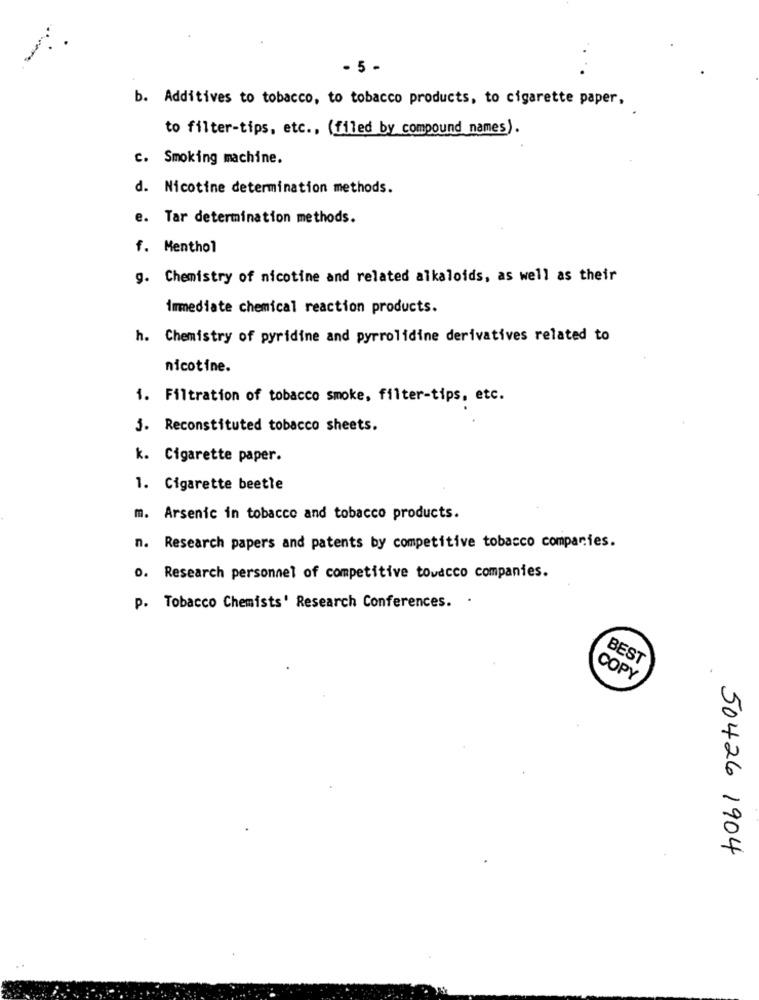
- 5 -
b. Additives to tobacco, to tobacco products, to cigarette paper,
to filter-tips, etc ., (filed by compound names).
c. Smoking machine.
d. Nicotine determination methods.
e. Tar determination methods.
f. Menthol
g. Chemistry of nicotine and related alkaloids, as well as their
immediate chemical reaction products.
h. Chemistry of pyridine and pyrrolidine derivatives related to
nicotine.
1. Filtration of tobacco smoke, filter-tips, etc.
3. Reconstituted tobacco sheets.
k. Cigarette paper.
1. Cigarette beetle
m. Arsenic in tobacco and tobacco products.
n. Research papers and patents by competitive tobacco companies.
0. Research personnel of competitive toudcco companies.
p. Tobacco Chemists' Research Conferences. .
BEST
COPY
50426 1904